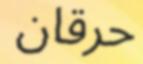
حرقان